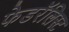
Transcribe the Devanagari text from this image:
फेडरॅलिस्ट